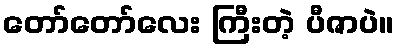
တော်တော်လေး ကြီးတဲ့ ပီဇာပဲ။